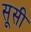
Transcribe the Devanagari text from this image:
सूसी